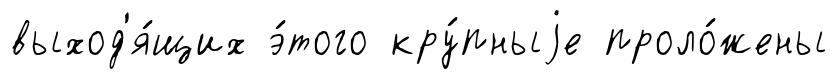
выход'я́щих э́того кру́пныjе проло́жены